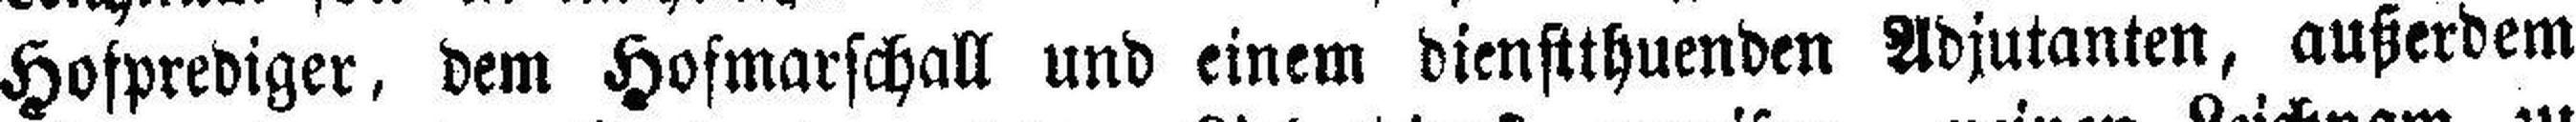
Hofprediger, dem Hofmarschall und einem dienstthuenden Adjutanten, außerdem